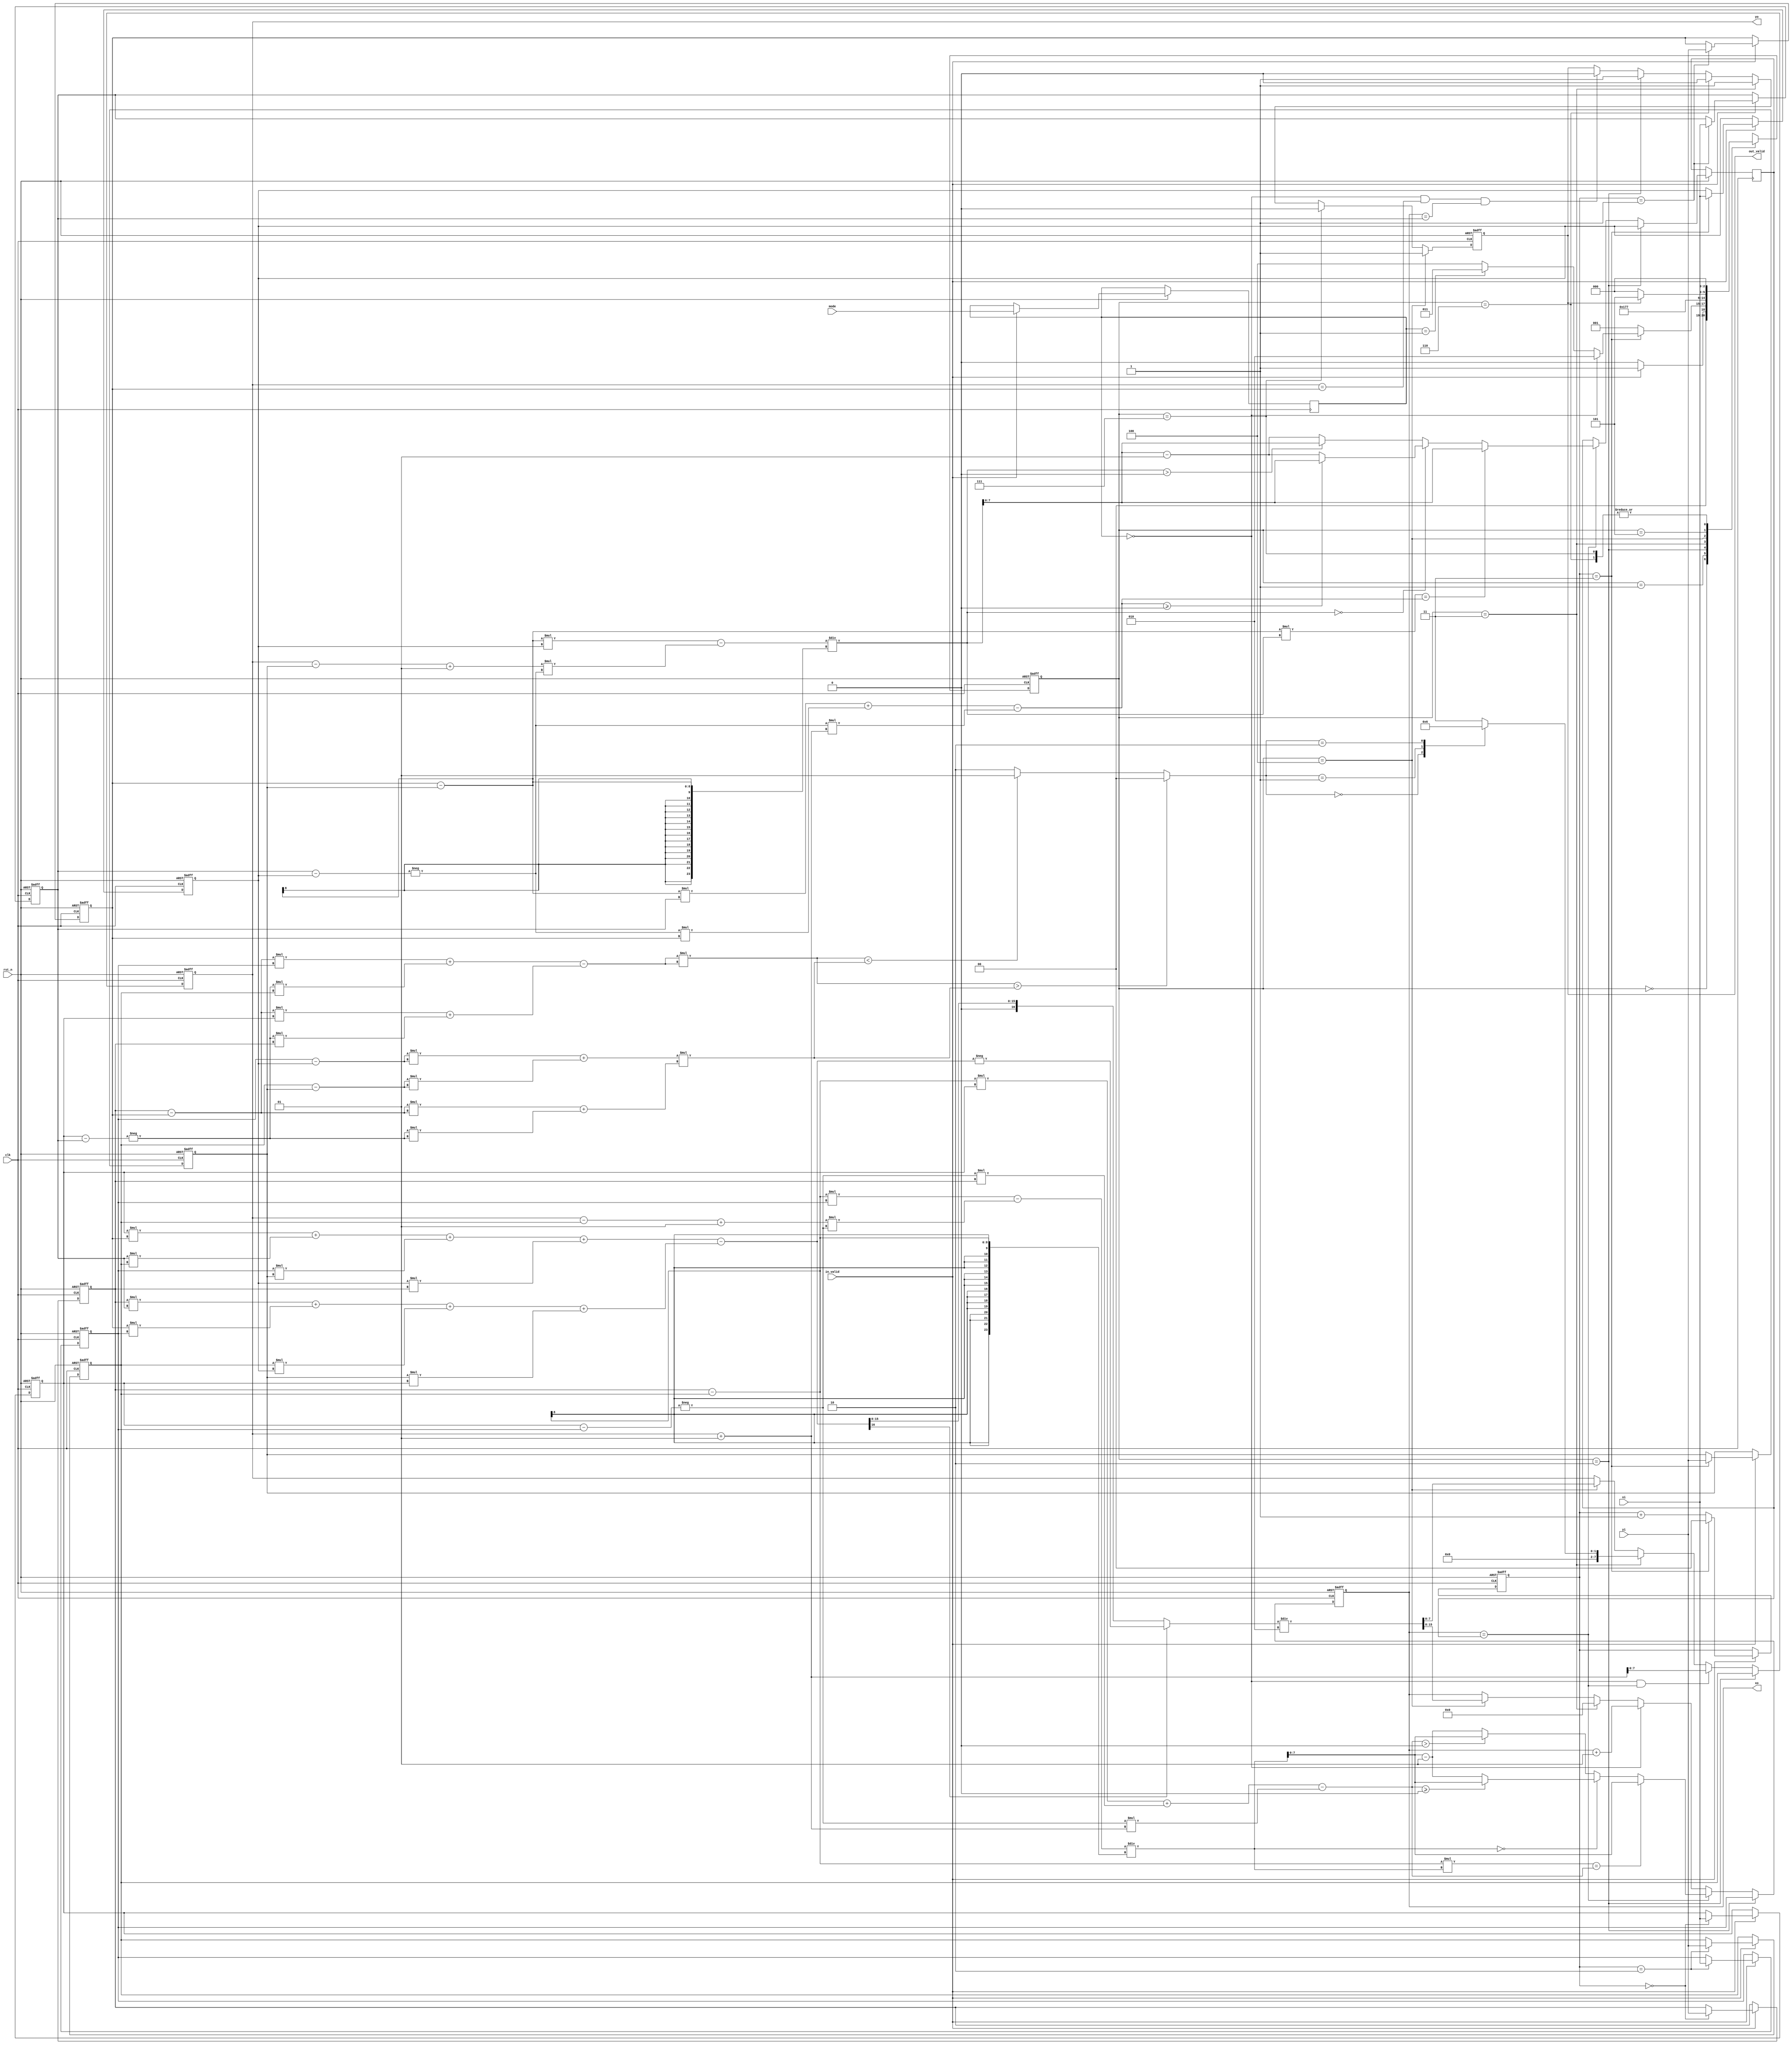
module CC(
    //Input Port
    clk,
    rst_n,
	in_valid,
	mode,
    xi,
    yi,

    //Output Port
    out_valid,
	xo,
	yo
    );

input               clk, rst_n, in_valid;
input       [1:0]   mode;
input       signed [7:0]   xi, yi;  

output reg          out_valid;
output reg  signed [7:0]   xo, yo;

reg signed [7:0] x[0:3];
reg signed [7:0] y[0:3];
reg  signed [7:0]  temp_y;

reg signed [23:0] x_coeff[0:1]; // 0: left boundary line's x coefficient, 1: right boundary line's x coefficient
reg signed [23:0] y_coeff[0:1]; // 0: left boundary line's y coefficient, 1: right boundary line's y coefficient
reg signed [23:0] cons[0:1]; // 0: left boundary line's constant, 1: right boundary line's constant

reg signed [23:0] x_setup_0[0:2];
reg signed [23:0] x_setup_1[0:2];
reg signed [23:0] x_check_1[0:2];
reg signed [23:0] x_check_0[0:2];


reg signed [23:0] x_coeff_1; 
reg signed [23:0] y_coeff_1; 
reg signed [23:0] cons_1;
reg signed [29:0] line; 
reg signed [29:0] radius;
reg signed [16:0] area;
reg signed [16:0] area_abs;
reg signed [15:0] area_d2;
reg [1:0] relation;
reg [1:0] mode_reg;


reg [2:0] current_state;
reg [2:0] next_state;

reg [1:0] in_counter;
integer i;

reg signed [7:0] x_new[0:1];
reg signed [7:0] right_bound;

reg test;

parameter RESET = 3'd0;
parameter INPUT = 3'd1;
parameter MODE0 = 3'd2;
parameter MODE1 = 3'd3;
parameter MODE2 = 3'd4;
parameter OUTPUT = 3'd5;
parameter OUTPUT_1 = 3'd6;
parameter OUTPUT_2 = 3'd7;


always @ (posedge clk or negedge rst_n)
begin
    if(!rst_n)
    begin
        for(i = 0; i < 4; i = i + 1)
        begin
            x[i] <= 0;
            y[i] <= 0;
        end        
    end

    else
    begin
        if(in_valid)
        begin
            mode_reg <= mode;
            x[in_counter] <= xi;
            y[in_counter] <= yi;                    
        end
    end
end

always @ (posedge clk or negedge rst_n)
begin
    if(!rst_n)
    begin
        in_counter <= 0;
    end

    else
    begin
        if(in_valid)
        begin
            if(in_counter == 3)
            begin
                in_counter <= 0;
            end

            else
            begin
                in_counter <= in_counter + 1;
            end
        end


    end
end

always @ (*)
begin
    case(current_state)
        RESET:
        begin
            if(in_valid == 1'b1)
            begin
                next_state = INPUT;
            end

            else
            begin
                next_state = RESET;
            end
        end

        INPUT:
        begin
            if(in_counter == 3) 
            begin
                if(mode_reg == 2'd0)
                begin
                    next_state = MODE0;
                end

                else if(mode_reg == 2'd1)
                begin
                    next_state = MODE1;
                end

                else 
                begin
                    next_state = MODE2;
                end
            end

            else 
            begin
                next_state = INPUT;
            end
        end

        MODE0:
        begin
            next_state = OUTPUT;
        end

        MODE1:
        begin
            next_state = OUTPUT_1;            
        end

        MODE2:
        begin
            next_state = OUTPUT_2;
        end

        OUTPUT:
        begin
            if(out_valid == 0)
            begin
                next_state = RESET;                
            end

            else
            begin
                next_state = OUTPUT;
            end
        end

        OUTPUT_1:
        begin
            next_state = RESET;
        end

        OUTPUT_2:
        begin
            next_state = RESET;
        end
    endcase
end

always @ (*) begin
    x_coeff[0] = y[0] - y[2];
    y_coeff[0] = -(x[0] - x[2]);
    cons[0] = (x_coeff[0]*x[0]) + (y_coeff[0]*y[0]);

    x_setup_0[0] = (yo-y[2]+1);
    x_setup_0[1] = x_setup_0[0]*y_coeff[0];
    x_check_0[0] = (x_coeff[0]*x[2] - x_setup_0[1])/x_coeff[0]; // if 1.5 => 1, -1.5 => -1;

    //ex: 5x-2y=10 => 5 * x = 10 - (-2 * y) ===> x_check_0[2] = x_check_0[1]; this step is checking whether the line is on grid
    x_check_0[1] = cons[0] - y_coeff[0] * (yo+1);
    x_check_0[2] = x_coeff[0]*x_check_0[0];

    if(x_check_0[2] == x_check_0[1]) // the line is autually on grid
    begin
        x_new[0] = x_check_0[0];
    end

    else
    begin
        if(x_check_0[0] == 0) // this means x_setup_0[2] is a positive number, so x_check_0[0] = (0 - 0.5) ==> (0 - 0) ==> 0 will be inclued in this case
        begin
            if(x_check_0[1] >= 0)
            begin
                x_new[0] = x_check_0[0];
            end

            else
            begin
                x_new[0] = x_check_0[0] - 1;
            end
        end

        else if(x_check_0[1] > 0) // this means x_setup_0[2] is a negative number, so x_check_0[0] = (0 - (-0.5) ) ==> (0 - 0) ==> 0 will be inclued in this case
        begin 
            x_new[0] = x_check_0[0];
        end

        else
        begin
            x_new[0] = x_check_0[0] - 1;
        end
    end
end

always @ (*)
begin
    x_coeff[1] = y[1] - y[3];
    y_coeff[1] = -(x[1] - x[3]);
    cons[1] = (x_coeff[1]*x[1]) + (y_coeff[1]*y[1]);
    x_setup_1[0] = (yo-y[3]+1);
    x_setup_1[1] = x_setup_1[0]*y_coeff[1];  

    x_check_1[0] = (x_coeff[1] * x[3] - x_setup_1[1])/x_coeff[1];
    x_check_1[1] = cons[1] - y_coeff[1]* (yo+1); 
    x_check_1[2] = x_coeff[1]*x_check_1[0];

    if(x_check_1[2] == x_check_1[1]) // on grid
    begin
        x_new[1] = x_check_1[0];
    end      

    else
    begin
        if(x_check_1[0] == 0) // this means x_setup_0[2] is a positive number, so x_check_0[0] = (0 - 0.5) ==> (0 - 0) ==> 0 will be inclued in this case
        begin
            if(x_check_1[1] >= 0)
            begin
                x_new[1] = x_check_1[0];
            end

            else
            begin
                x_new[1] = x_check_1[0] - 1;
            end
        end

        else if(x_check_1[0] > 0) // this means x_setup_0[2] is a negative number, so x_check_0[0] = (0 - (-0.5) ) ==> (0 - 0) ==> 0 will be inclued in this case
        begin 
            x_new[1] = x_check_1[0];
        end

        else
        begin
            x_new[1] = x_check_1[0] - 1;
        end                   
    end
end


always @(posedge clk or negedge rst_n) 
begin
    if (!rst_n) 
    begin
        current_state <= RESET;
    end

    else 
    begin
        current_state <= next_state;
    end
end


always @ (posedge clk or negedge rst_n)
begin
    if(!rst_n)
    begin
        xo <= 0;       
    end

    else
    begin

        if(current_state == MODE2)
        begin
            xo <= area_d2[15:8];
        end
        
        if(current_state == MODE1)
        begin
            xo <= 0;
        end     

        
        if(current_state == MODE0)
        begin
            xo <= x[2]; 
            right_bound <= x[3];
        end
        
        else if(xo == right_bound)
        begin
            xo <= x_new[0];
            right_bound <= x_new[1];
        end

        else if(mode_reg == 0)
        begin
            xo <= xo + 1;
        end
    end
end


always @ (posedge clk or negedge rst_n)
begin
    if(!rst_n)
    begin
        yo <= 0;       
    end

    else
    begin

        if(current_state == MODE2)
        begin
            yo <= area_d2[7:0];
        end
        
        
        
        if(current_state == MODE1)
        begin
            case(relation)
                2'd0: yo <= 0;
                2'd1: yo <= 1;
                2'd2: yo <= 2;
                default: yo <= 3;
            endcase
        end

                
        if(current_state == MODE0)
        begin
            yo <= y[2]; 
        end


        else if(mode_reg == 0 && xo == right_bound)
        begin
            yo <= yo+1;
        end


    end
end

always @ (posedge clk or negedge rst_n)
begin
    if(!rst_n)
    begin
        out_valid <= 0;  
    end

    else
    begin
        if(current_state == MODE2)
        begin
            out_valid <= 1;
        end

        else if(current_state == OUTPUT_2)
        begin
            out_valid <= 0;
        end

        else if(current_state == MODE1)
        begin
            out_valid <= 1;
        end

        else if(current_state == OUTPUT_1)
        begin
            out_valid <= 0;
        end

        else if(current_state == MODE0)
        begin
            out_valid <= 1;
        end

        else if(mode_reg == 0 && yo == y[1] && xo == x[1])
        begin
            out_valid <= 0;
        end
    end
end


//==============================================//
//              Calculation Block2              //
//==============================================//
always @ (*)begin
    x_coeff_1 = y[0] - y[1];
    y_coeff_1 = -(x[0] - x[1]);
    cons_1 = (x_coeff_1*x[0]) + (y_coeff_1*y[0]);    
end


always @ (*)begin
    line =  (x_coeff_1 * x[2] + y_coeff_1* y[2] - cons_1) * (x_coeff_1 * x[2] + y_coeff_1* y[2] - cons_1) ;
    radius = ((x[2] - x[3])* (x[2]-x[3]) + (y[2]-y[3]) *(y[2] - y[3])) * ((x_coeff_1*x_coeff_1) + (y_coeff_1*y_coeff_1));

    if(line > radius)
    begin
        relation = 0;
    end

    else if(line < radius)
    begin
        relation = 1;
    end

    else
    begin
        relation = 2;
    end
end

//==============================================//
//              Calculation Block3              //
//==============================================//
always @ (*)
begin
    area = ((x[0]*y[1]) + (x[1]*y[2]) + (x[2]*y[3]) + (x[3]*y[0])) - ((y[0]*x[1])+(y[1]*x[2])+(y[2]*x[3])+(y[3]*x[0]));
    area_abs = area[16]? -area : area;
    area_d2 = area_abs / 2;
end


endmodule